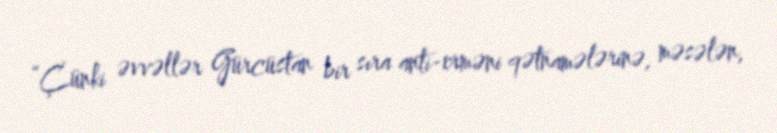
“Çünki əvvəllər Gürcüstan bir sıra anti-erməni qətnamələrinə, məsələn,